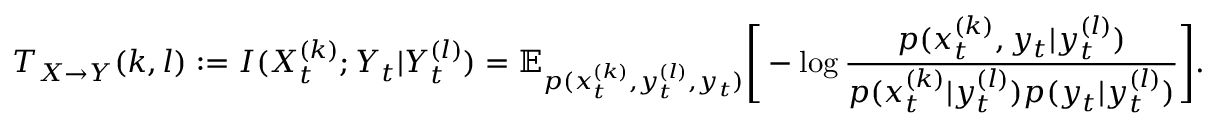
T _ { X \rightarrow Y } ( k , l ) : = I ( X _ { t } ^ { ( k ) } ; Y _ { t } | Y _ { t } ^ { ( l ) } ) = \mathbb { E } _ { p ( x _ { t } ^ { ( k ) } , y _ { t } ^ { ( l ) } , y _ { t } ) } \Bigg [ - \log \frac { p ( x _ { t } ^ { ( k ) } , y _ { t } | y _ { t } ^ { ( l ) } ) } { p ( x _ { t } ^ { ( k ) } | y _ { t } ^ { ( l ) } ) p ( y _ { t } | y _ { t } ^ { ( l ) } ) } \Bigg ] .